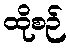
ထိုစဉ်